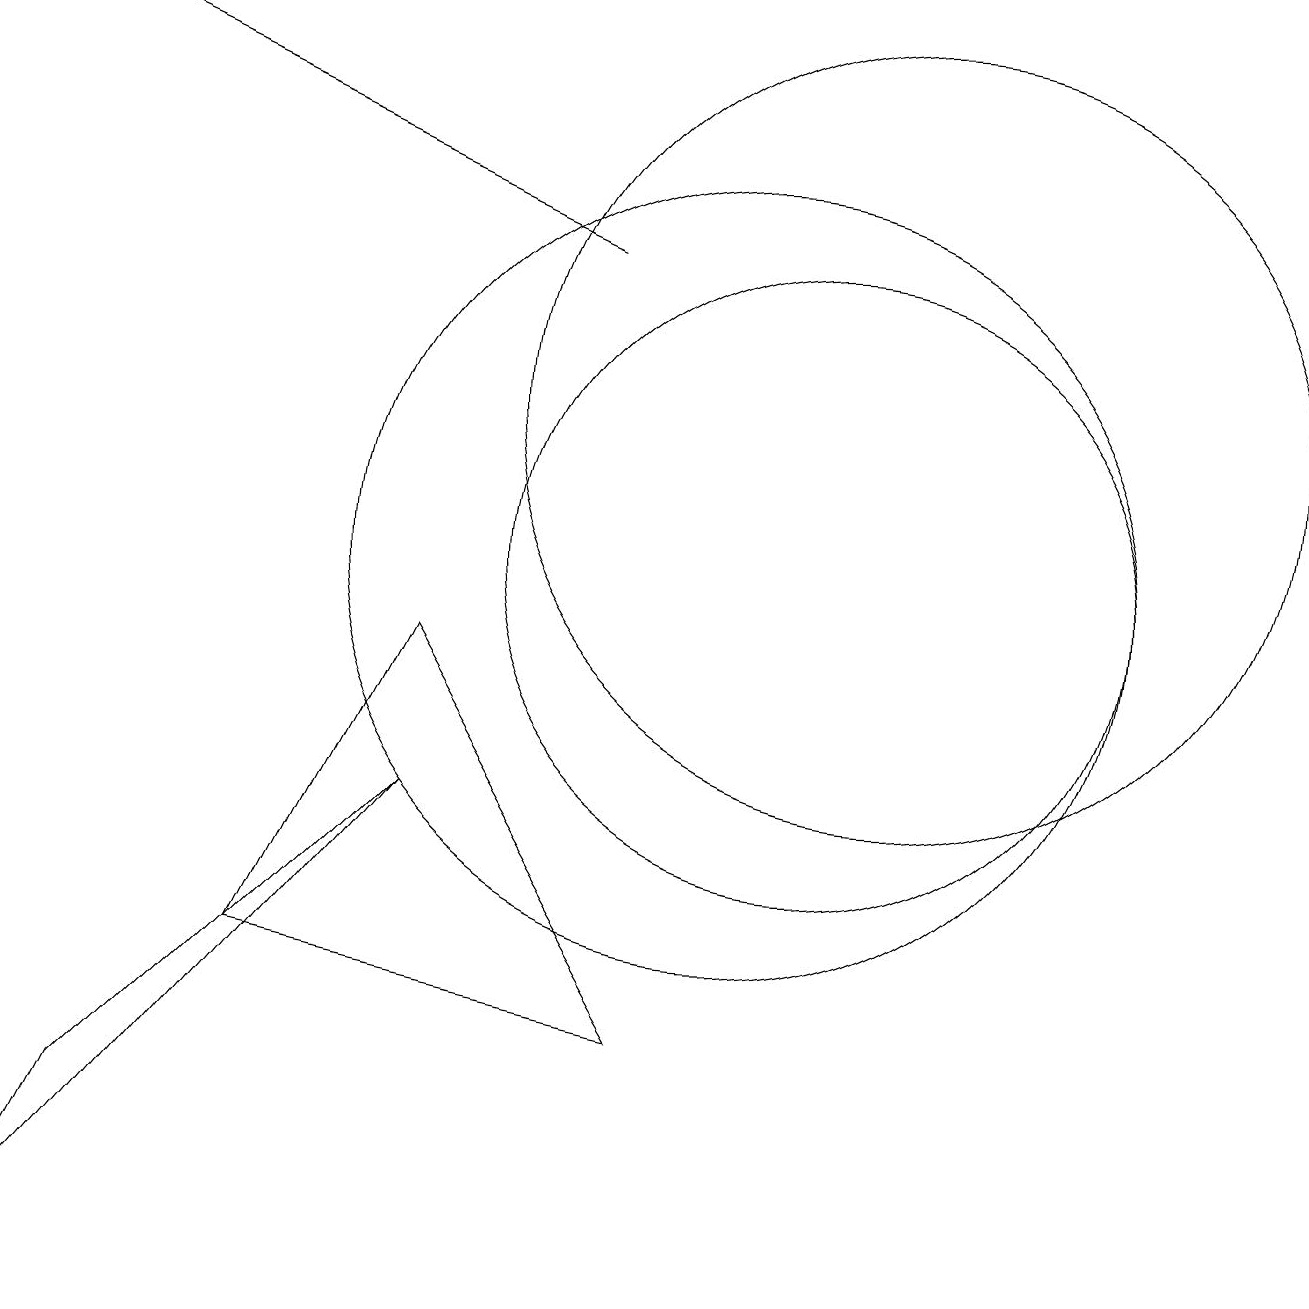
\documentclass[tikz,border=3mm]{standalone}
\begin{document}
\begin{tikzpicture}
\draw (2,3) -- (6,7) -- (1,1) -- cycle;
\draw[->] (8,14) -- (1,17);
\draw (12,12) circle (5);
\draw (6,9) -- (9,4) -- (4,5) -- cycle;
\draw (10,10) circle (5);
\draw (11,10) circle (4);
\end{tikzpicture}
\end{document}